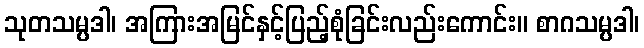
သုတသမ္ပဒါ၊ အကြားအမြင်နှင့်ပြည့်စုံခြင်းလည်းကောင်း။ စာဂသမ္ပဒါ၊